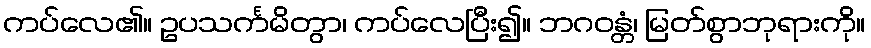
ကပ်လေ၏။ ဥပသင်္ကမိတွာ၊ ကပ်လေပြီး၍။ ဘဂဝန္တံ၊ မြတ်စွာဘုရားကို။